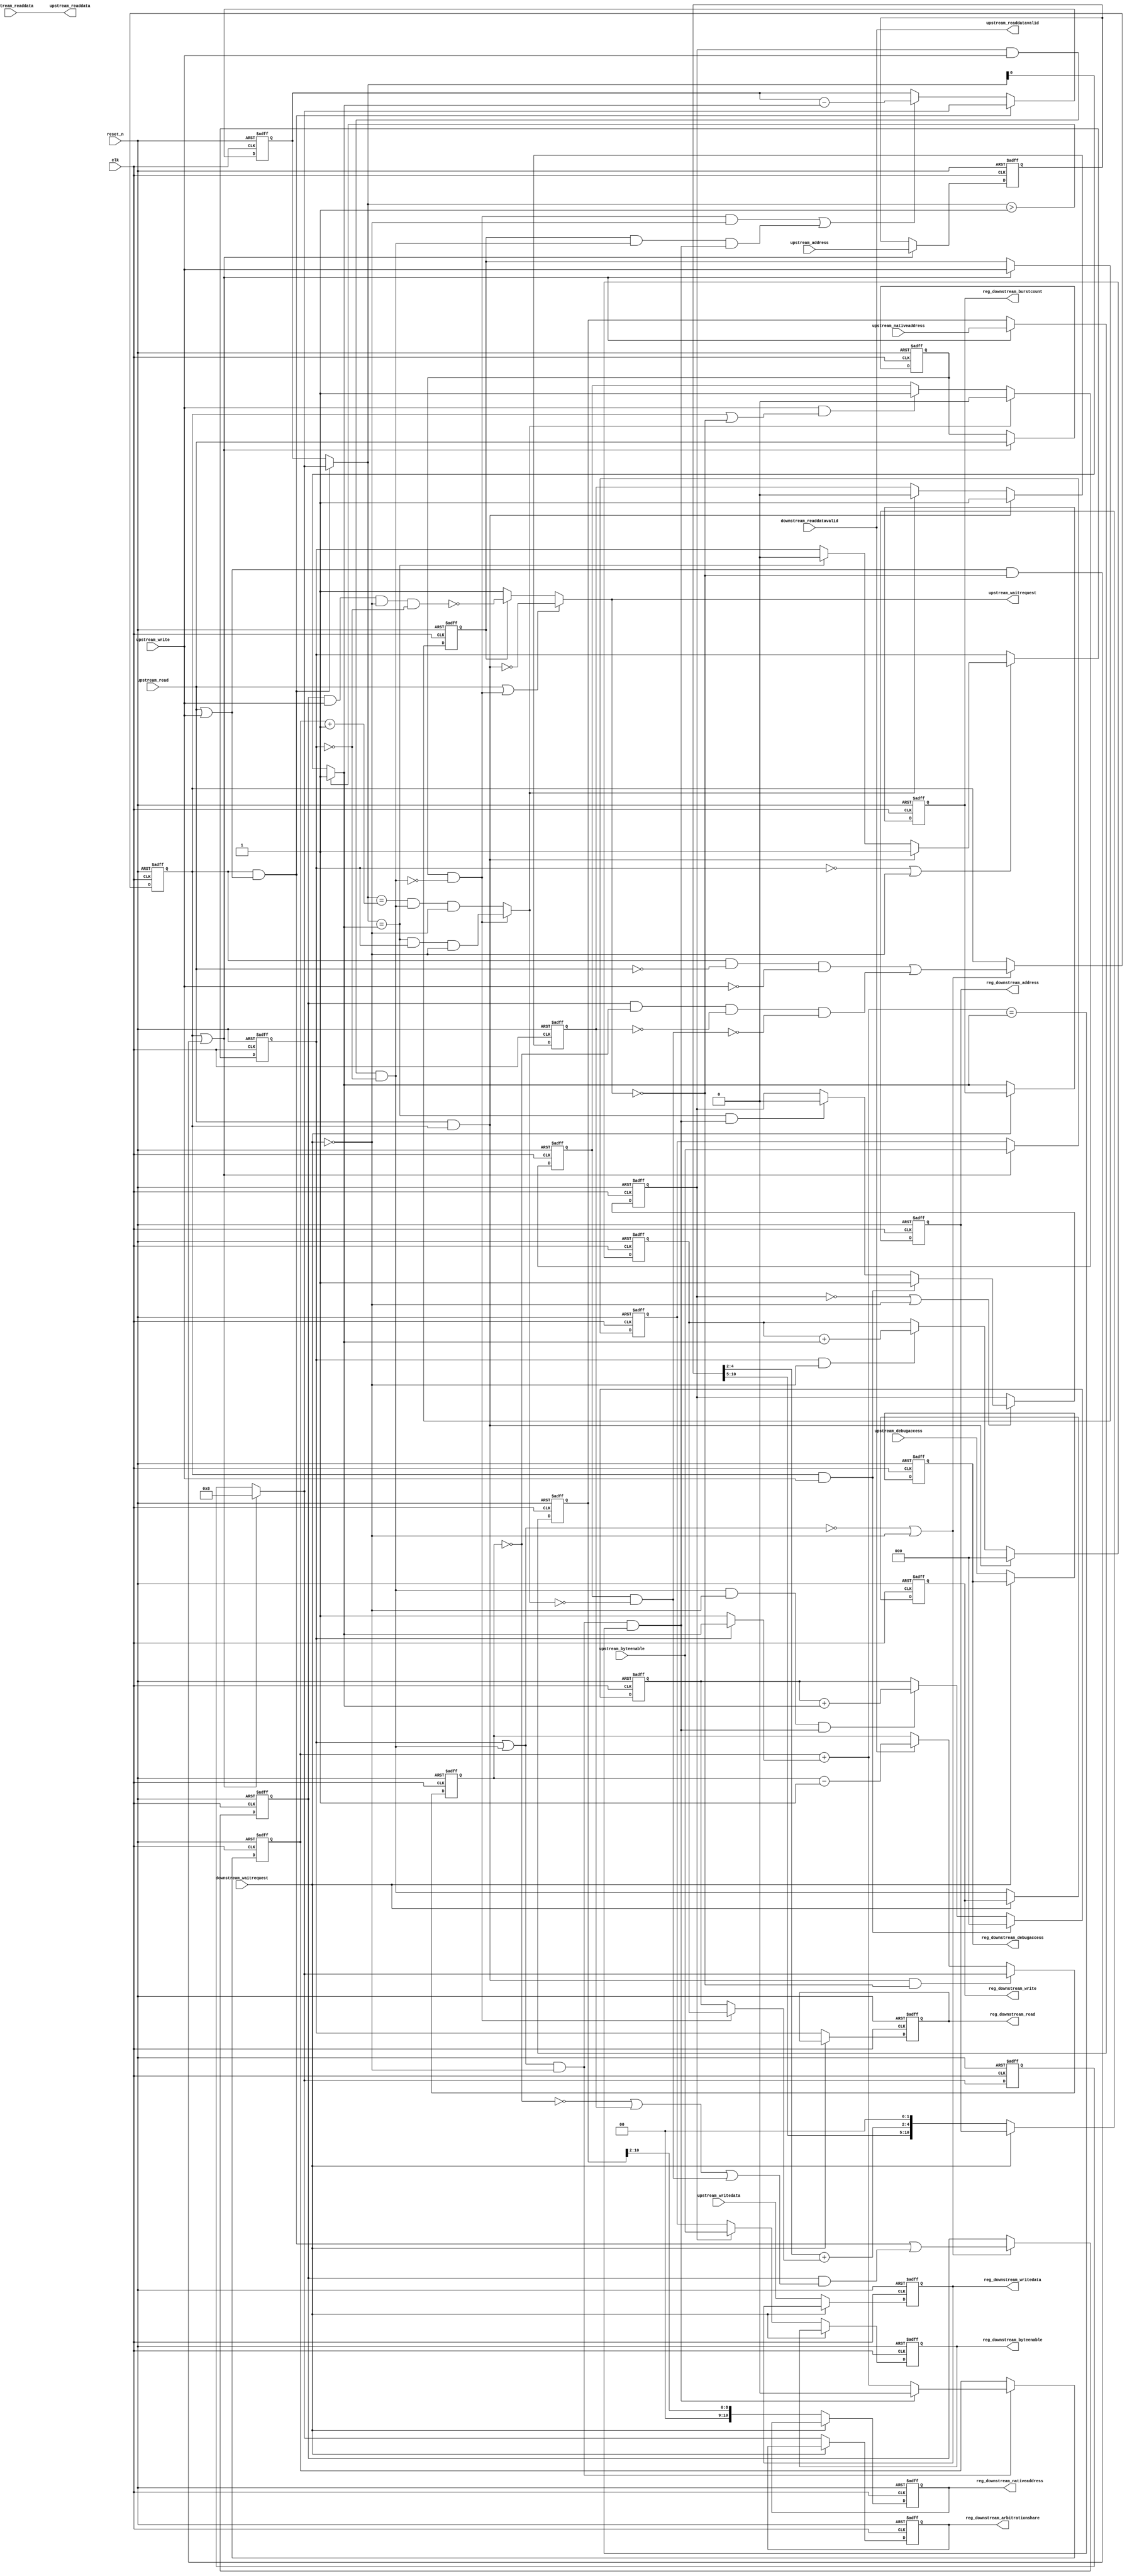
//Legal Notice: (C)2014 Altera Corporation. All rights reserved.  Your
//use of Altera Corporation's design tools, logic functions and other
//software and tools, and its AMPP partner logic functions, and any
//output files any of the foregoing (including device programming or
//simulation files), and any associated documentation or information are
//expressly subject to the terms and conditions of the Altera Program
//License Subscription Agreement or other applicable license agreement,
//including, without limitation, that your use is for the sole purpose
//of programming logic devices manufactured by Altera and sold by Altera
//or its authorized distributors.  Please refer to the applicable
//agreement for further details.

// synthesis translate_off
`timescale 1ns / 1ps
// synthesis translate_on

// turn off superfluous verilog processor warnings 
// altera message_level Level1 
// altera message_off 10034 10035 10036 10037 10230 10240 10030 

//
//Burst adapter parameters:
//adapter is mastered by: cpu_linux/instruction_master
//adapter masters: epcs_controller/epcs_control_port
//asp_debug: 0
//byteaddr_width: 13
//ceil_data_width: 32
//data_width: 32
//dbs_shift: 0
//dbs_upstream_burstcount_width: 4
//downstream_addr_shift: 2
//downstream_burstcount_width: 1
//downstream_max_burstcount: 1
//downstream_pipeline: 1
//dynamic_slave: 1
//master_always_burst_max_burst: 1
//master_burst_on_burst_boundaries_only: 0
//master_data_width: 32
//master_interleave: 0
//master_linewrap_bursts: 1
//nativeaddr_width: 11
//slave_always_burst_max_burst: 0
//slave_burst_on_burst_boundaries_only: 0
//slave_interleave: 0
//slave_linewrap_bursts: 0
//upstream_burstcount: 4'h8
//upstream_burstcount_width: 4
//upstream_max_burstcount: 8
//zero_address_width: 0


module Medipix_sopc_burst_6 (
                              // inputs:
                               clk,
                               downstream_readdata,
                               downstream_readdatavalid,
                               downstream_waitrequest,
                               reset_n,
                               upstream_address,
                               upstream_byteenable,
                               upstream_debugaccess,
                               upstream_nativeaddress,
                               upstream_read,
                               upstream_write,
                               upstream_writedata,

                              // outputs:
                               reg_downstream_address,
                               reg_downstream_arbitrationshare,
                               reg_downstream_burstcount,
                               reg_downstream_byteenable,
                               reg_downstream_debugaccess,
                               reg_downstream_nativeaddress,
                               reg_downstream_read,
                               reg_downstream_write,
                               reg_downstream_writedata,
                               upstream_readdata,
                               upstream_readdatavalid,
                               upstream_waitrequest
                            )
;

  output  [ 10: 0] reg_downstream_address;
  output  [  3: 0] reg_downstream_arbitrationshare;
  output           reg_downstream_burstcount;
  output  [  3: 0] reg_downstream_byteenable;
  output           reg_downstream_debugaccess;
  output  [ 10: 0] reg_downstream_nativeaddress;
  output           reg_downstream_read;
  output           reg_downstream_write;
  output  [ 31: 0] reg_downstream_writedata;
  output  [ 31: 0] upstream_readdata;
  output           upstream_readdatavalid;
  output           upstream_waitrequest;
  input            clk;
  input   [ 31: 0] downstream_readdata;
  input            downstream_readdatavalid;
  input            downstream_waitrequest;
  input            reset_n;
  input   [ 12: 0] upstream_address;
  input   [  3: 0] upstream_byteenable;
  input            upstream_debugaccess;
  input   [ 10: 0] upstream_nativeaddress;
  input            upstream_read;
  input            upstream_write;
  input   [ 31: 0] upstream_writedata;

  wire    [  2: 0] address_offset;
  reg              atomic_counter;
  wire    [  2: 0] burst_offset;
  wire    [ 12: 0] current_upstream_address;
  wire    [  3: 0] current_upstream_burstcount;
  wire             current_upstream_read;
  wire             current_upstream_write;
  reg     [  3: 0] data_counter;
  wire    [  3: 0] dbs_adjusted_upstream_burstcount;
  wire    [ 10: 0] downstream_address;
  wire    [ 12: 0] downstream_address_base;
  wire    [  3: 0] downstream_arbitrationshare;
  wire             downstream_burstcount;
  wire             downstream_burstdone;
  wire    [  3: 0] downstream_byteenable;
  wire             downstream_debugaccess;
  wire    [ 10: 0] downstream_nativeaddress;
  reg              downstream_read;
  wire             downstream_write;
  reg              downstream_write_reg;
  wire    [ 31: 0] downstream_writedata;
  wire             enable_state_change;
  wire             fifo_empty;
  wire             max_burst_size;
  wire             p1_atomic_counter;
  wire             p1_fifo_empty;
  wire             p1_state_busy;
  wire             p1_state_idle;
  wire             pending_register_enable;
  wire             pending_upstream_read;
  reg              pending_upstream_read_reg;
  wire             pending_upstream_write;
  reg              pending_upstream_write_reg;
  reg     [  2: 0] read_address_offset;
  wire             read_update_count;
  wire    [  3: 0] read_write_dbs_adjusted_upstream_burstcount;
  reg     [ 10: 0] reg_downstream_address;
  reg     [  3: 0] reg_downstream_arbitrationshare;
  reg              reg_downstream_burstcount;
  reg     [  3: 0] reg_downstream_byteenable;
  reg              reg_downstream_debugaccess;
  reg     [ 10: 0] reg_downstream_nativeaddress;
  reg              reg_downstream_read;
  reg              reg_downstream_write;
  reg     [ 31: 0] reg_downstream_writedata;
  reg     [  3: 0] registered_read_write_dbs_adjusted_upstream_burstcount;
  reg     [ 12: 0] registered_upstream_address;
  reg     [  3: 0] registered_upstream_burstcount;
  reg     [  3: 0] registered_upstream_byteenable;
  reg     [ 10: 0] registered_upstream_nativeaddress;
  reg              registered_upstream_read;
  reg              registered_upstream_write;
  reg              state_busy;
  reg              state_idle;
  wire             sync_nativeaddress;
  wire    [  3: 0] transactions_remaining;
  reg     [  3: 0] transactions_remaining_reg;
  wire             update_count;
  wire             upstream_burstdone;
  wire             upstream_read_run;
  wire    [ 31: 0] upstream_readdata;
  wire             upstream_readdatavalid;
  wire             upstream_waitrequest;
  wire             upstream_write_run;
  reg     [  2: 0] write_address_offset;
  wire             write_update_count;
  assign sync_nativeaddress = |upstream_nativeaddress;
  //downstream, which is an e_avalon_master
  //upstream, which is an e_avalon_slave
  assign upstream_burstdone = current_upstream_read ? (transactions_remaining == downstream_burstcount) & downstream_read & ~downstream_waitrequest : (transactions_remaining == (atomic_counter + 1)) & downstream_write & ~downstream_waitrequest;
  assign p1_atomic_counter = atomic_counter + (downstream_read ? downstream_burstcount : 1);
  assign downstream_burstdone = (downstream_read | downstream_write) & ~downstream_waitrequest & (p1_atomic_counter == downstream_burstcount);
  assign dbs_adjusted_upstream_burstcount = pending_register_enable ? read_write_dbs_adjusted_upstream_burstcount : registered_read_write_dbs_adjusted_upstream_burstcount;
  assign read_write_dbs_adjusted_upstream_burstcount = 4'h8;
  always @(posedge clk or negedge reset_n)
    begin
      if (reset_n == 0)
          registered_read_write_dbs_adjusted_upstream_burstcount <= 0;
      else if (pending_register_enable)
          registered_read_write_dbs_adjusted_upstream_burstcount <= read_write_dbs_adjusted_upstream_burstcount;
    end


  assign p1_state_idle = state_idle & ~upstream_read & ~upstream_write | state_busy & (data_counter == 0) & p1_fifo_empty & ~pending_upstream_read & ~pending_upstream_write;
  assign p1_state_busy = state_idle & (upstream_read | upstream_write) | state_busy & (~(data_counter == 0) | ~p1_fifo_empty | pending_upstream_read | pending_upstream_write);
  assign enable_state_change = ~(downstream_read | downstream_write) | ~downstream_waitrequest;
  always @(posedge clk or negedge reset_n)
    begin
      if (reset_n == 0)
          pending_upstream_read_reg <= 0;
      else if (upstream_read & state_idle)
          pending_upstream_read_reg <= -1;
      else if (upstream_burstdone)
          pending_upstream_read_reg <= 0;
    end


  always @(posedge clk or negedge reset_n)
    begin
      if (reset_n == 0)
          pending_upstream_write_reg <= 0;
      else if (upstream_burstdone)
          pending_upstream_write_reg <= 0;
      else if (upstream_write & (state_idle | ~upstream_waitrequest))
          pending_upstream_write_reg <= -1;
    end


  always @(posedge clk or negedge reset_n)
    begin
      if (reset_n == 0)
          state_idle <= 1;
      else if (enable_state_change)
          state_idle <= p1_state_idle;
    end


  always @(posedge clk or negedge reset_n)
    begin
      if (reset_n == 0)
          state_busy <= 0;
      else if (enable_state_change)
          state_busy <= p1_state_busy;
    end


  assign pending_upstream_read = pending_upstream_read_reg;
  assign pending_upstream_write = pending_upstream_write_reg & ~upstream_burstdone;
  assign pending_register_enable = state_idle | ((upstream_read | upstream_write) & ~upstream_waitrequest);
  always @(posedge clk or negedge reset_n)
    begin
      if (reset_n == 0)
          registered_upstream_read <= 0;
      else if (pending_register_enable)
          registered_upstream_read <= upstream_read;
    end


  always @(posedge clk or negedge reset_n)
    begin
      if (reset_n == 0)
          registered_upstream_write <= 0;
      else if (pending_register_enable)
          registered_upstream_write <= upstream_write;
    end


  always @(posedge clk or negedge reset_n)
    begin
      if (reset_n == 0)
          registered_upstream_burstcount <= 0;
      else if (pending_register_enable)
          registered_upstream_burstcount <= 4'h8;
    end


  always @(posedge clk or negedge reset_n)
    begin
      if (reset_n == 0)
          registered_upstream_address <= 0;
      else if (pending_register_enable)
          registered_upstream_address <= upstream_address;
    end


  always @(posedge clk or negedge reset_n)
    begin
      if (reset_n == 0)
          registered_upstream_nativeaddress <= 0;
      else if (pending_register_enable)
          registered_upstream_nativeaddress <= upstream_nativeaddress;
    end


  assign current_upstream_read = registered_upstream_read & !downstream_write;
  assign current_upstream_write = registered_upstream_write;
  assign current_upstream_address = registered_upstream_address;
  assign current_upstream_burstcount = pending_register_enable ? 4'h8 : registered_upstream_burstcount;
  always @(posedge clk or negedge reset_n)
    begin
      if (reset_n == 0)
          atomic_counter <= 0;
      else if ((downstream_read | downstream_write) & ~downstream_waitrequest)
          atomic_counter <= downstream_burstdone ? 0 : p1_atomic_counter;
    end


  assign read_update_count = current_upstream_read & ~downstream_waitrequest;
  assign write_update_count = current_upstream_write & downstream_write & downstream_burstdone;
  assign update_count = read_update_count | write_update_count;
  assign transactions_remaining = (state_idle & (upstream_read | upstream_write)) ? dbs_adjusted_upstream_burstcount : transactions_remaining_reg;
  always @(posedge clk or negedge reset_n)
    begin
      if (reset_n == 0)
          transactions_remaining_reg <= 0;
      else 
        transactions_remaining_reg <= (state_idle & (upstream_read | upstream_write)) ? dbs_adjusted_upstream_burstcount : update_count ? transactions_remaining_reg - downstream_burstcount : transactions_remaining_reg;
    end


  always @(posedge clk or negedge reset_n)
    begin
      if (reset_n == 0)
          data_counter <= 0;
      else 
        data_counter <= state_idle & upstream_read & ~upstream_waitrequest ?  dbs_adjusted_upstream_burstcount : downstream_readdatavalid ? data_counter - 1 : data_counter;
    end


  assign max_burst_size = 1;
  assign downstream_burstcount = (transactions_remaining > max_burst_size) ? max_burst_size : transactions_remaining;
  assign downstream_arbitrationshare = current_upstream_read ? (dbs_adjusted_upstream_burstcount) : dbs_adjusted_upstream_burstcount;
  always @(posedge clk or negedge reset_n)
    begin
      if (reset_n == 0)
          write_address_offset <= 0;
      else 
        write_address_offset <= state_idle & upstream_write ? 0 : ((downstream_write & ~downstream_waitrequest & downstream_burstdone)) ? write_address_offset + downstream_burstcount : write_address_offset;
    end


  always @(posedge clk or negedge reset_n)
    begin
      if (reset_n == 0)
          read_address_offset <= 0;
      else 
        read_address_offset <= state_idle & upstream_read ? 0 : (downstream_read & ~downstream_waitrequest) ? read_address_offset + downstream_burstcount : read_address_offset;
    end


  assign downstream_nativeaddress = registered_upstream_nativeaddress >> 2;
  assign address_offset = current_upstream_read ? read_address_offset : write_address_offset;
  assign downstream_address_base = current_upstream_address;
  assign burst_offset = downstream_address_base[4 : 2] + address_offset;
  assign downstream_address = {downstream_address_base[12 : 5],
    burst_offset,
    2'b00};

  always @(posedge clk or negedge reset_n)
    begin
      if (reset_n == 0)
          downstream_read <= 0;
      else if (~downstream_read | ~downstream_waitrequest)
          downstream_read <= state_idle & upstream_read ? 1 : (transactions_remaining == downstream_burstcount) ? 0 : downstream_read;
    end


  assign upstream_readdatavalid = downstream_readdatavalid;
  assign upstream_readdata = downstream_readdata;
  assign fifo_empty = 1;
  assign p1_fifo_empty = 1;
  always @(posedge clk or negedge reset_n)
    begin
      if (reset_n == 0)
          downstream_write_reg <= 0;
      else if (~downstream_write_reg | ~downstream_waitrequest)
          downstream_write_reg <= state_idle & upstream_write ? 1 : ((transactions_remaining == downstream_burstcount) & downstream_burstdone) ? 0 : downstream_write_reg;
    end


  always @(posedge clk or negedge reset_n)
    begin
      if (reset_n == 0)
          registered_upstream_byteenable <= 4'b1111;
      else if (pending_register_enable)
          registered_upstream_byteenable <= upstream_byteenable;
    end


  assign downstream_write = downstream_write_reg & upstream_write & !downstream_read;
  assign downstream_byteenable = downstream_write_reg ? upstream_byteenable : registered_upstream_byteenable;
  assign downstream_writedata = upstream_writedata;
  assign upstream_read_run = state_idle & upstream_read;
  assign upstream_write_run = state_busy & upstream_write & ~downstream_waitrequest & !downstream_read;
  assign upstream_waitrequest = (upstream_read | current_upstream_read) ? ~upstream_read_run : current_upstream_write ? ~upstream_write_run : 1;
  assign downstream_debugaccess = upstream_debugaccess;
  always @(posedge clk or negedge reset_n)
    begin
      if (reset_n == 0)
          reg_downstream_address <= 0;
      else if (~downstream_waitrequest)
          reg_downstream_address <= downstream_address;
    end


  always @(posedge clk or negedge reset_n)
    begin
      if (reset_n == 0)
          reg_downstream_arbitrationshare <= 0;
      else if (~downstream_waitrequest)
          reg_downstream_arbitrationshare <= downstream_arbitrationshare;
    end


  always @(posedge clk or negedge reset_n)
    begin
      if (reset_n == 0)
          reg_downstream_burstcount <= 0;
      else if (~downstream_waitrequest)
          reg_downstream_burstcount <= downstream_burstcount;
    end


  always @(posedge clk or negedge reset_n)
    begin
      if (reset_n == 0)
          reg_downstream_byteenable <= 0;
      else if (~downstream_waitrequest)
          reg_downstream_byteenable <= downstream_byteenable;
    end


  always @(posedge clk or negedge reset_n)
    begin
      if (reset_n == 0)
          reg_downstream_debugaccess <= 0;
      else if (~downstream_waitrequest)
          reg_downstream_debugaccess <= downstream_debugaccess;
    end


  always @(posedge clk or negedge reset_n)
    begin
      if (reset_n == 0)
          reg_downstream_nativeaddress <= 0;
      else if (~downstream_waitrequest)
          reg_downstream_nativeaddress <= downstream_nativeaddress;
    end


  always @(posedge clk or negedge reset_n)
    begin
      if (reset_n == 0)
          reg_downstream_read <= 0;
      else if (~downstream_waitrequest)
          reg_downstream_read <= downstream_read;
    end


  always @(posedge clk or negedge reset_n)
    begin
      if (reset_n == 0)
          reg_downstream_write <= 0;
      else if (~downstream_waitrequest)
          reg_downstream_write <= downstream_write;
    end


  always @(posedge clk or negedge reset_n)
    begin
      if (reset_n == 0)
          reg_downstream_writedata <= 0;
      else if (~downstream_waitrequest)
          reg_downstream_writedata <= downstream_writedata;
    end



endmodule